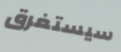
سيستغرق